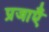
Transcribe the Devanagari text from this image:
प्रजाएँ